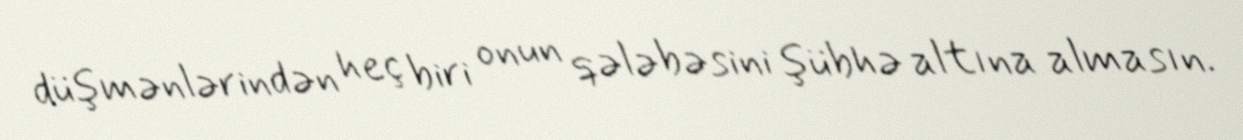
düşmənlərindən heç biri onun qələbəsini şübhə altına almasın.